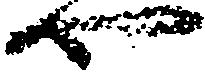
や